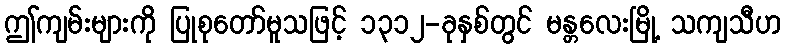
ဤကျမ်းများကို ပြုစုတော်မူသဖြင့် ၁၃၁၂-ခုနှစ်တွင် မန္တလေးမြို့ သကျသီဟ